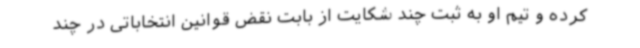
کرده و تیم او به ثبت چند شکایت از بابت نقض قوانین انتخاباتی در چند